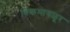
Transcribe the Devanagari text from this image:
चिकमागळूर